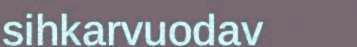
sihkarvuodav